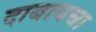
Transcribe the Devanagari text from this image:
दाबायचा